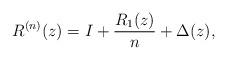
LaTeX: \begin{gather*}R^{(n)}(z) = I + \frac{R_1(z)}{n} + \Delta(z),\end{gather*}